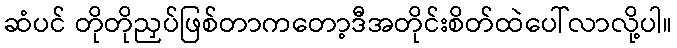
ဆံပင် တိုတိုညှပ်ဖြစ်တာကတော့ဒီအတိုင်းစိတ်ထဲပေါ်လာလို့ပါ။